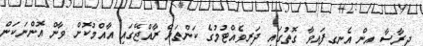
ދިރާސާ އިން އެނގިފައިވާ ގޮތުގައި ދަރިވެއްޓުމުގެ ކަންތައް ރާއްޖޭގައި އާއްމުކޮށް ވާން އޮންނަކަން